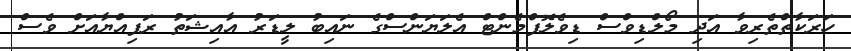
ހަރަކާތްތެރިވާ އަދި މޯލްޑިވްސް ޑިވެލޮޕްމެންޓް އެލަޔަންސްގެ ނައިބު ލީޑަރު އާއިޝަތު ރަފިއްޔާއަށް ވެސް